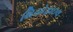
થિયોફાઇલ